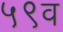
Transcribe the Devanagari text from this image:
५९व